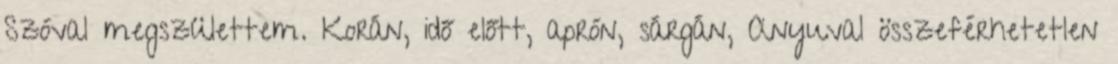
Szóval megszülettem. Korán, idő előtt, aprón, sárgán, Anyuval összeférhetetlen